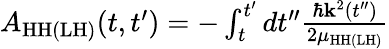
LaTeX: \begin{array}{r}{A_{\mathrm{{HH(LH)}}}(t,t^{\prime})=-\int_{t}^{t^{\prime}}dt^{\prime\prime}\frac{\hbar{{\mathbf k}^{2}(t^{\prime\prime})}}{2\mu_{\mathrm{HH(LH)}}}}\end{array}